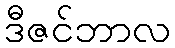
ဒီဇင်ဘာလ